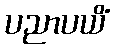
ပညာပယိံ